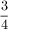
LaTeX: \frac { 3 } { 4 }